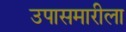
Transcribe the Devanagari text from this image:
उपासमारीला